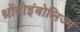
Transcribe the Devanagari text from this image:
थ्रोंबोइंबोलिज्म